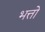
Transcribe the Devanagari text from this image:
भत्तो